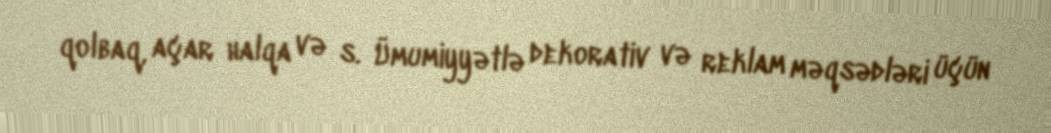
qolbaq, açar halqa və s. Ümumiyyətlə dekorativ və reklam məqsədləri üçün